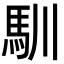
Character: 馴